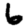
Digit: 6